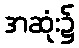
အဆုံး၌